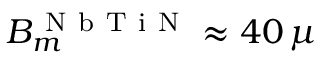
B _ { m } ^ { \mathrm { ~ N ~ b ~ T ~ i ~ N ~ } } \approx 4 0 \, \mu